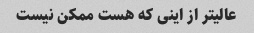
عالیتر از اینی که هست ممکن نیست